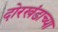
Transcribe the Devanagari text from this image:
दोरखंडाच्या